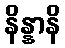
နိန္နာနိ